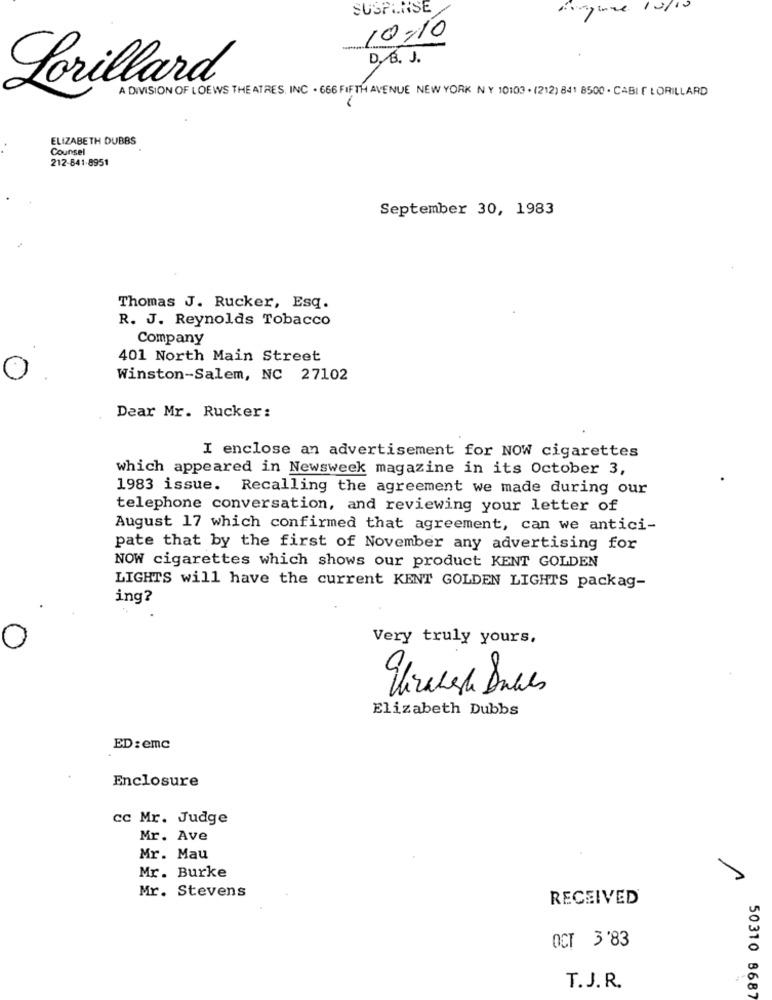
SUSPENSE
figure 10/10
10:10
D, B. J.
Lorillard
A DIVISION OF LOEWS THE ATRES, INC . 666 FIFTH AVENUE NEW YORK NY 10103 . (212) 841 8500 . CABI F LORILLARD
ELIZABETH DUBBS
Counsel
212-841-8951
September 30, 1983
Thomas J. Rucker, Esq.
R. J. Reynolds Tobacco
Company
401 North Main Street
Winston-Salem, NC 27102
Dear Mr. Rucker:
I enclose an advertisement for NOW cigarettes
which appeared in Newsweek magazine in its October 3,
1983 issue. Recalling the agreement we made during our
telephone conversation, and reviewing your letter of
August 17 which confirmed that agreement, can we antici-
pate that by the first of November any advertising for
NOW cigarettes which shows our product KENT GOLDEN
LIGHTS will have the current KENT GOLDEN LIGHTS packag-
ing?
Very truly yours,
O
Elizabeth Dubbs
ED: emc
Enclosure
cc Mr. Judge
Mr. Ave
Mr. Mau
Mr. Burke
1
Mr. Stevens
RECEIVED
OCT 3'83
T. J. R.
50310 8687